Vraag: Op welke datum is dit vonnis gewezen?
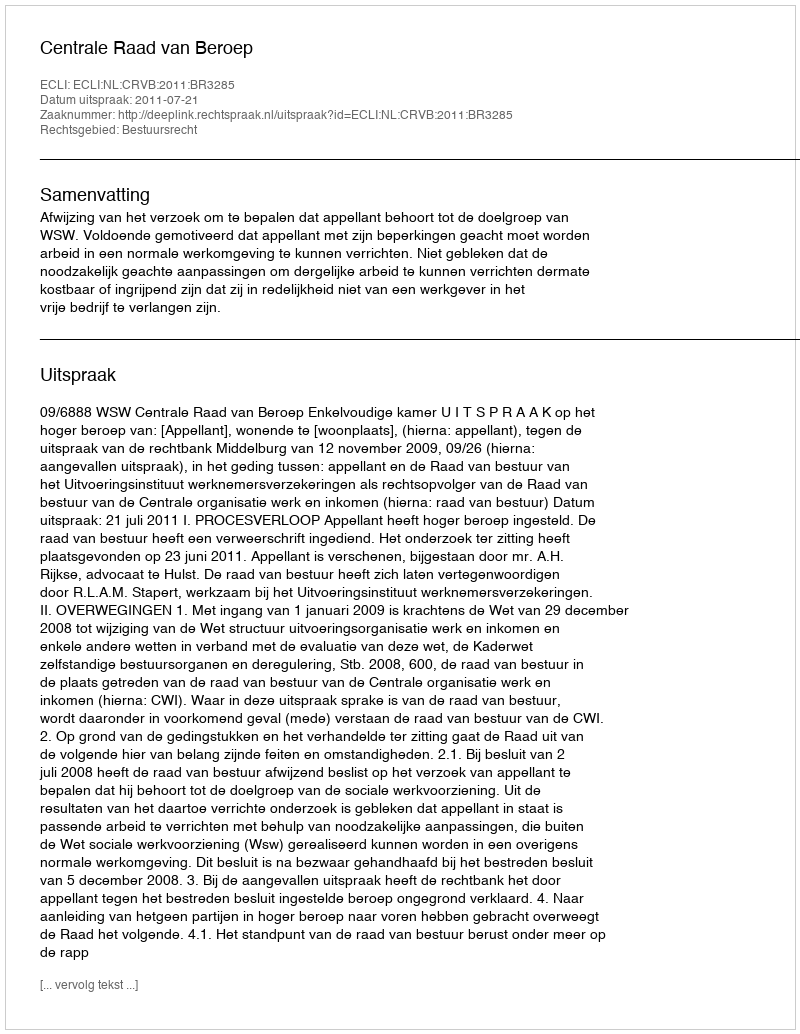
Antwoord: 2011-07-21